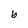
Character: 6